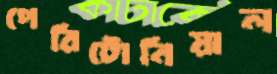
পেরিটোনিয়াল